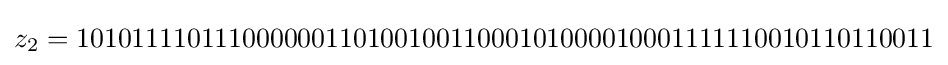
z_{2}=10101111011100000011010010011000101000010001111110010110110011